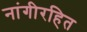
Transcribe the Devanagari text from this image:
नांगीरहित